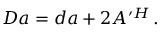
D a = d a + 2 A ^ { \prime H } \, .